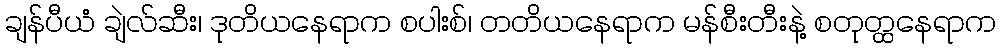
ချန်ပီယံ ချဲလ်ဆီး၊ ဒုတိယနေရာက စပါးစ်၊ တတိယနေရာက မန်စီးတီးနဲ့ စတုတ္ထနေရာက